Annual report of the Punjab Veterinary College and of the Civil Veterinary Department, Punjab - 1909-1919
Year: 1909
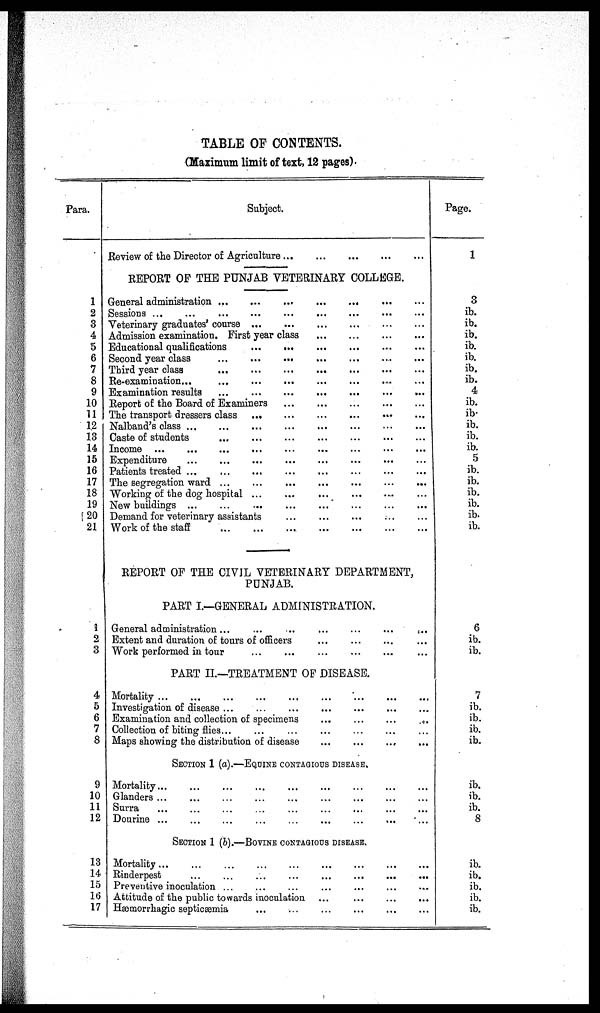
TABLE OF CONTENTS.
(Maximum limit of text, 12 pages).
Para.
1
2
3
4
5
6
7
8
9
10
11
12
13
14
15
16
17
18
19
20
21
1
2
3
4
5
6
7
8
9
10
11
12
13
14
15
16
17
Subject.
Review of the Director of Agriculture
...
...
...
...
...
REPORT OF THE PUNJAB VETERINARY COLLEGE.
General administration
...
...
...
...
...
Sessions ... ... ... ... ...
Veterinary graduates' course
...
...
...
...
...
Admission examination. First year class ... ... ... ... ...
Educational qualifications
...
...
...
...
...
Second year class
...
...
...
...
...
Third year class … … … … … …
Re-examination ... ... ... ... ...
Examination results
...
...
...
...
...
Report of the Board of Examiners
...
...
...
...
...
The transport dressers class … … … … … …
Nalband's class
…
…
…
…
…
…
Caste of students
...
...
...
...
...
Income ... ... ... ... ...
Expenditure
...
...
...
...
...
Patients treated ... ... ... ... ...
The segregation ward ... ... ... ... ...
Working of the dog hospital
...
...
...
...
...
New buildings
...
...
...
...
...
Demand for veterinary assistants
...
...
...
...
...
Work of the staff
...
...
...
...
...
REPORT OF THE CIVIL VETERINARY DEPARTMENT,
PUNJAB.
PART I.—GENERAL ADMINISTRATION.
General administration ... … … …
Extent and duration of tours of officers ... ... ... ... ...
Work performed in tour ... ... ... ... ...
PART II.—TREATMENT OF DISEASE.
Mortality
...
...
...
...
...
Investigation of disease
...
...
...
...
...
Examination and collection of specimens
...
...
...
...
...
Collection of biting
flies
...
...
...
...
...
Maps showing the distribution of disease ... ... ... ... ...
SECTION 1 (a).—EQUINE CONTAGIOUS DISEASE.
Mortality
...
...
...
...
...
Glanders ... … … … … … …
Surra
...
...
...
...
...
Dourine ... … … … … … …
SECTION 1 (b).—BOVINE CONTAGIOUS DISEASE.
Mortality...
...
...
…
…
…
Rinderpest
...
...
...
…
…
…
Preventive inoculation ... ... ... ... ...
Attitude of the public towards inoculation ...
...
...
...
Hæmorrhagic septicæmia
...
...
...
...
...
Page.
1
3
ib.
ib.
ib.
ib.
ib.
ib.
ib.
4
ib.
ib.
ib.
ib.
ib.
5
ib.
ib.
ib.
ib.
ib.
ib.
6
ib.
ib.
7
ib.
ib.
ib.
ib.
ib.
ib.
ib.
8
ib.
ib.
ib.
ib.
ib.